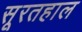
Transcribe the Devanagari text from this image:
सूरतहाल